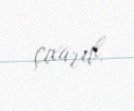
çıxarıb.